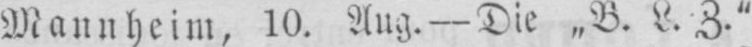
Z.“